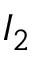
I _ { 2 }